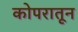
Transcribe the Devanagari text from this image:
कोपरातून